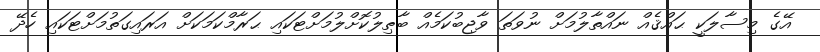
އޭގެ މިސާލަކީ ޙައްޤެއް ނައްތާލުމަށް ނުވަތަ ވާޖިބުކަމެއް ބާޠިލުކޮށްލުމަށްޓަކައި ޙަރާމްކަމަކަށް އަރައިގަތުމަށްޓަކައި ހެދޭ